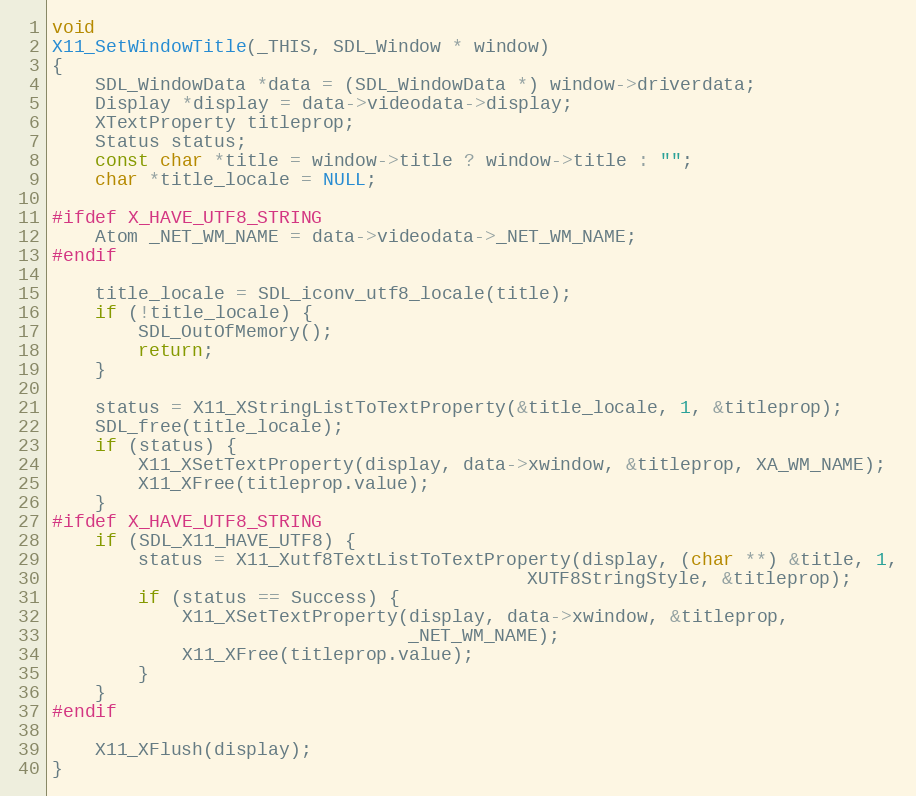
Language: C
void
X11_SetWindowTitle(_THIS, SDL_Window * window)
{
    SDL_WindowData *data = (SDL_WindowData *) window->driverdata;
    Display *display = data->videodata->display;
    XTextProperty titleprop;
    Status status;
    const char *title = window->title ? window->title : "";
    char *title_locale = NULL;

#ifdef X_HAVE_UTF8_STRING
    Atom _NET_WM_NAME = data->videodata->_NET_WM_NAME;
#endif

    title_locale = SDL_iconv_utf8_locale(title);
    if (!title_locale) {
        SDL_OutOfMemory();
        return;
    }

    status = X11_XStringListToTextProperty(&title_locale, 1, &titleprop);
    SDL_free(title_locale);
    if (status) {
        X11_XSetTextProperty(display, data->xwindow, &titleprop, XA_WM_NAME);
        X11_XFree(titleprop.value);
    }
#ifdef X_HAVE_UTF8_STRING
    if (SDL_X11_HAVE_UTF8) {
        status = X11_Xutf8TextListToTextProperty(display, (char **) &title, 1,
                                            XUTF8StringStyle, &titleprop);
        if (status == Success) {
            X11_XSetTextProperty(display, data->xwindow, &titleprop,
                                 _NET_WM_NAME);
            X11_XFree(titleprop.value);
        }
    }
#endif

    X11_XFlush(display);
}